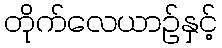
တိုက်လေယာဉ်နှင့်